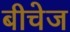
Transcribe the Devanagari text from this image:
बीचेज